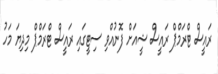
ރައީސް ޓްރަމްޕް ރައީސް ޝީއަށް ފޮނުއްވި ސިޓީގައި ރައީސް ޓްރަމްޕް މިދިޔަ މަހު